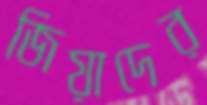
জিয়াদের